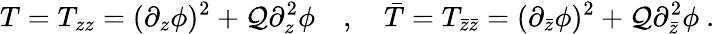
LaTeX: T=T_{zz}=(\partial_{z}\phi)^{2}+\mathcal{Q}\partial_{z}^{2}\phi\quad,\quad{\bar{{T}}}=T_{{\bar{{z}}}{\bar{{z}}}}=(\partial_{\bar{{z}}}\phi)^{2}+\mathcal{Q}\partial_{\bar{{z}}}^{2}\phi\ .